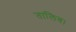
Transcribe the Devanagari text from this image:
तालिब।